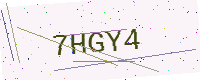
Text: 7HGY4